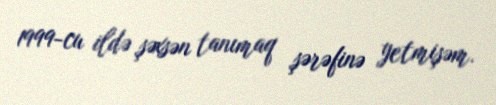
1999-cu ildə şəxsən tanımaq şərəfinə yetmişəm.